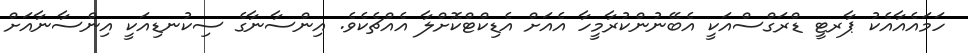
ހަމައެއާއެކު ޕާރޓީ ޑްރަގްސްއަކީ އެބޭނުންކުރާމީހާ އެއަށް އެޑިކްޓްކޮށްލާ އެއްޗެކެވެ. އިންސާނާގެ ސިކުނޑިއަކީ އިންސާނާއަށް